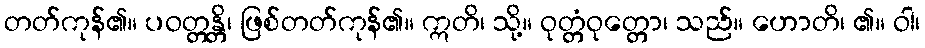
တတ်ကုန်၏။ ပဝတ္တန္တိ၊ ဖြစ်တတ်ကုန်၏။ ဣတိ၊ သို့။ ဝုတ္တံဝုတ္တော၊ သည်။ ဟောတိ၊ ၏။ ဝါ၊